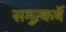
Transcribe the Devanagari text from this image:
समुत्कर्षे